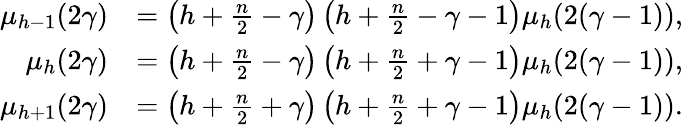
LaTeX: \begin{array}{rl}{\mu_{h-1}(2\gamma)}&{=\left(h+\frac{n}{2}-\gamma\right)\left(h+\frac{n}{2}-\gamma-1\right)\mu_{h}(2(\gamma-1)),}\\ {\mu_{h}(2\gamma)}&{=\left(h+\frac{n}{2}-\gamma\right)\left(h+\frac{n}{2}+\gamma-1\right)\mu_{h}(2(\gamma-1)),}\\ {\mu_{h+1}(2\gamma)}&{=\left(h+\frac{n}{2}+\gamma\right)\left(h+\frac{n}{2}+\gamma-1\right)\mu_{h}(2(\gamma-1)).}\end{array}